Vaccination report Assam 1896-1927 - 1896-1927
Year: 1896
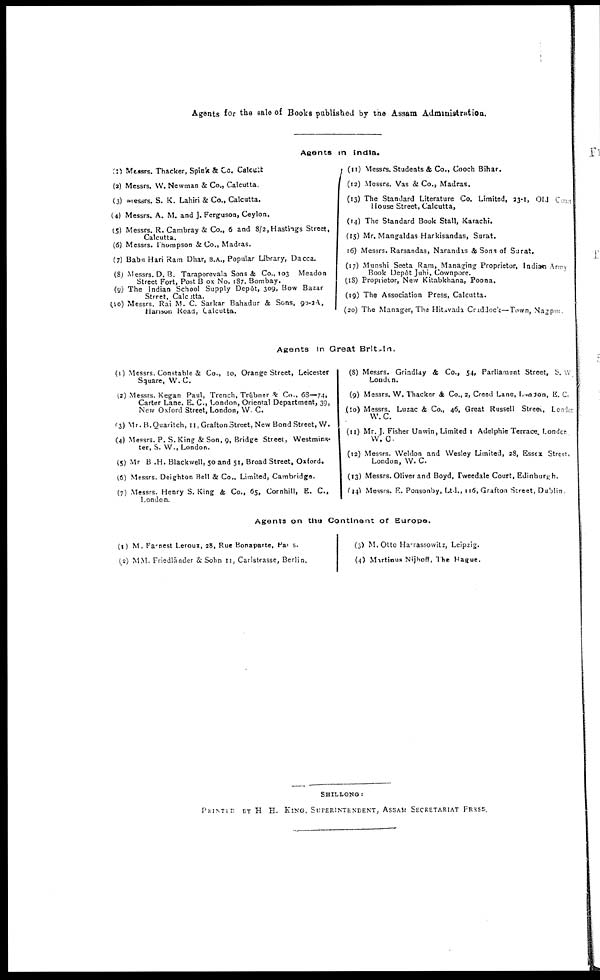
Agents for the sale of Books published by the Assam Administration.
Agents in India.
(1) Messrs. Thacker, Spink & Co. Calcutta.
(2) Messrs. W. Newman & Co., Calcutta.
(3) Messrs. S. K. Lahiri & Co., Calcutta.
(4) Messrs. A. M. and J. Ferguson, Ceylon.
(5) Messrs. R. Cambray & Co., 6 and 8/2, Hastings Street,
Calcutta.
(6) Messrs. Thompson & Co., Madras.
(7) Babu Hari Ram Dhar, B.A., Popular Library, Dacca.
(8) Messrs. D. B. Taraporevala Sons & Co., 103 Meadon
Street Fort, Post B ox No. 187. Bombay.
(9) The Indian School Supply Depôt, 309, Bow Bazar
Street, Calcutta.
(10) Messrs. Rai M. C. Sarkar Bahadur & Sons, 90-2A,
Harison Road, Calcutta.
(11) Messrs. Students & Co., Cooch Bihar.
(12) Messrs. Vas & Co., Madras.
(13) The Standard Literature Co. Limited, 23-1, Old Court
House Street, Calcutta,
(14) The Standard Book Stall, Karachi.
(15) Mr. Mangaldas Harkisandas, Surat.
(16) Messrs. Rarsandas, Narandas & Sons of Surat.
(17) Munshi Seeta Ram, Managing Proprietor, Indian Army
Book Depôt Juhi, Cownpore.
(18) Proprietor, New Kitabkhana, Poona.
(19) The Association Press, Calcutta.
(20) The Manager, The Hitavada Craddock—Town, Nagpur
Agents In Great Britain.
(1) Messrs Constable & Co., to, Orange Street, Leicester
Square, W. C.
(2) Messrs. Kegan Paul, Trench, Trübner & Co., 68—74,
Carter Lane, E. C., London, Oriental Department, 39,
New Oxford Street, London, W. C.
(3) Mr.B.Quaritch, 11, Grafton Street, New Bond Street, W.
(4) Messrs. P. S. King & Son, 9, Bridge Street, Westmins-
ter, S. W., London.
(5) Mr B. H. Blackwell, 50 and 51, Broad Street, Oxford.
(6) Messrs. Derghton Bell & Co., Limited, Cambridge.
(7) Messrs. Henry S. King & Co., 65, Cornhill, E. C,
London
(8) Messrs. Grindlay & Co., 54, Parliament Street, S. W
London.
(9) Messrs. W. Thacker & Co., 2, Creed Lane, London, E. C.
(10) Messrs. Luzac & Co., 46, Great Russell Street, London
W. C.
(11) Mr. J. Fisher Unwin, Limited 1 Adelphie Terrace London
W. C.
(12) Messrs. Weldon and Wesley Limited, 28, Essex Street.
London, W. C.
(13) Messrs. Oliver and Boyd, Tweedale Court, Edinburgh.
(14) Messrs. E. Ponsonby, Ltd., 116, Grafton Street, Dublin,
Agents on the Continent of Europe.
(1) M. Farnest Leroux, 28, Rue Bonaparte, Paris.
(2) MM. Priedländer & Sohn 11, Carlstrasse, Berlin.
(3) M. Otto Harrassowitz, Leipzig.
(4) Martinus Nijhoff, The Hague.
SHILLONG:
PRINTED BY H. H. KING, SUPERINTENDENT, ASSAM SECRETARIAT PRESS